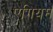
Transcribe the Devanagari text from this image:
ऐगियम